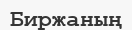
Биржаның